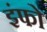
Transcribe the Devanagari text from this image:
इंफो